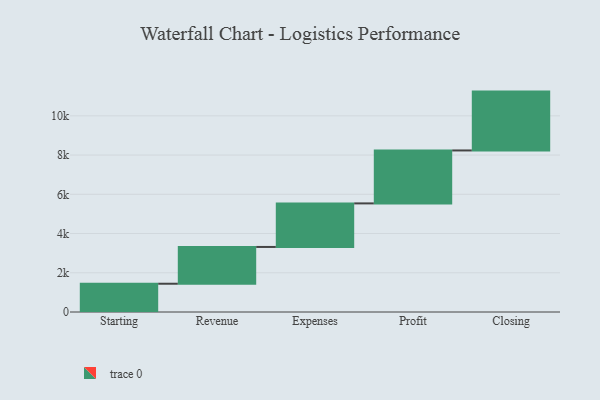
{"axis": {"x": "Step", "y": "Value"}, "legend": [""], "data": [{"x": "Starting", "y": 1441.0, "type": ""}, {"x": "Revenue", "y": 1875.0, "type": ""}, {"x": "Expenses", "y": 2220.0, "type": ""}, {"x": "Profit", "y": 2699.0, "type": ""}, {"x": "Closing", "y": 3000, "type": ""}]}